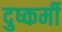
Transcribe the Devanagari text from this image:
दुष्कर्मी